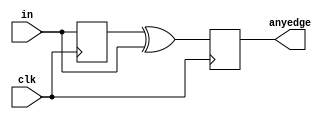
module top_module (
    input clk,
    input [7:0] in,
    output [7:0] anyedge
);
    reg [7:0]del;  //delay
    always @(posedge clk)begin
  	 del<=in;
    anyedge<=del^in;
    end
endmodule